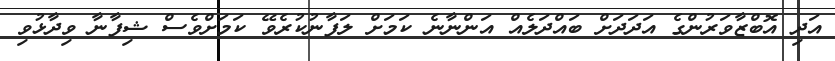
އަދި އޮބްޒާވަރުންގެ އަދަދަށް ބައްދަލެއް އަންނާނެ ކަމަށް ލަފާނުކުރެވޭ ކަމަށްވެސް ޝިފާނާ ވިދާޅުވި